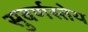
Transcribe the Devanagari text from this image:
सुवर्णस्तेय